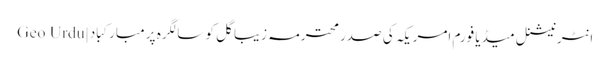
انٹرنیشنل میڈیا فورم امریکہ کی صدر محترمہ زیبا گل کو سالگرہ پر مبارکباد | Geo Urdu